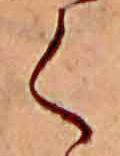
く